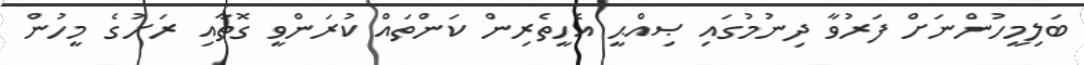
ބަލިމީހުންނަށް ފަރުވާ ދިނުމުގައި ޞިއްޙީ އެހީތެރިން ކަންތައް ކުރަންވީ ގޮތާއި ރަށުގެ މީހުން